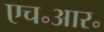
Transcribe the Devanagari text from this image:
एच॰आर॰